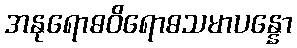
အနုရောဓဝိရောဓသမာပန္နော